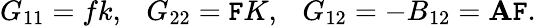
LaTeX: G_{11}=fk,\ \ \ G_{22}=\mathtt{F}K,\ \ \ G_{12}=-B_{12}=\mathbf{A}\mathtt{F}.